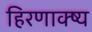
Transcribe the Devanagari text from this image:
हिरणाक्ष्य